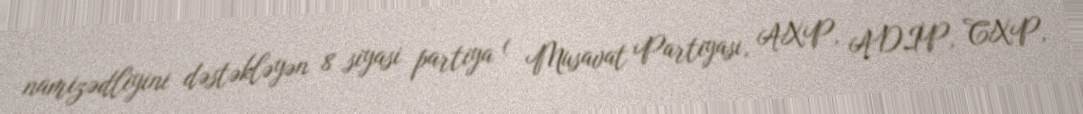
namizədliyini dəstəkləyən 8 siyasi partiya ( Musavat Partiyası, AXP, ADİP, CXP,